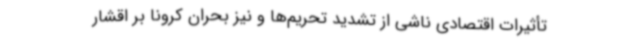
تأثیرات اقتصادی ناشی از تشدید تحریم‌ها و نیز بحران کرونا بر اقشار